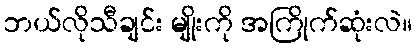
ဘယ်လိုသီချင်း မျိုးကို အကြိုက်ဆုံးလဲ။